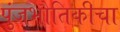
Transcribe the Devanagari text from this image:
पुंजभौतिकीचा